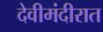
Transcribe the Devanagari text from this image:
देवीमंदीरात